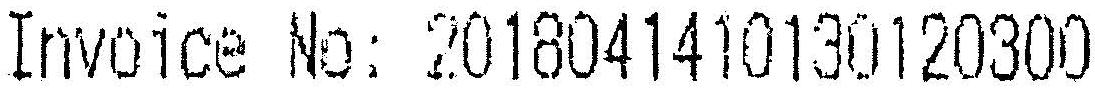
INVOICE NO: 2018041410130120300